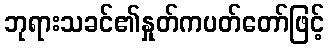
ဘုရားသခင်၏နှုတ်ကပတ်တော်ဖြင့်